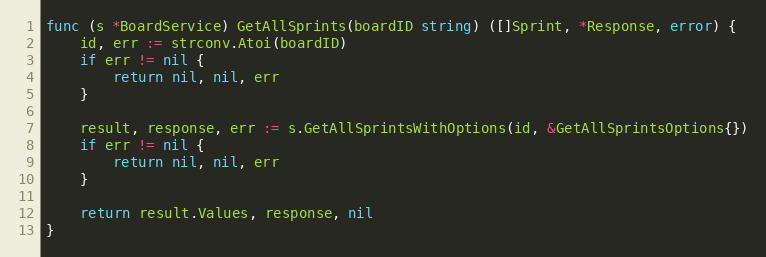
Language: Go
func (s *BoardService) GetAllSprints(boardID string) ([]Sprint, *Response, error) {
	id, err := strconv.Atoi(boardID)
	if err != nil {
		return nil, nil, err
	}

	result, response, err := s.GetAllSprintsWithOptions(id, &GetAllSprintsOptions{})
	if err != nil {
		return nil, nil, err
	}

	return result.Values, response, nil
}